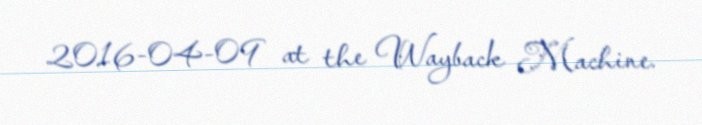
2016-04-09 at the Wayback Machine.